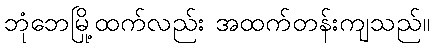
ဘုံဘေမြို့ထက်လည်း အထက်တန်းကျသည်။